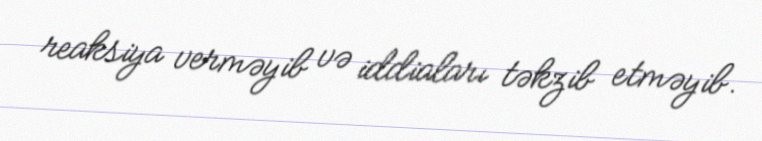
reaksiya verməyib və iddiaları təkzib etməyib.